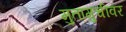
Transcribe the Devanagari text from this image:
मुतागुचीवर